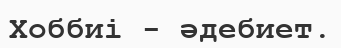
Хоббиі - әдебиет.